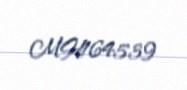
MH164539